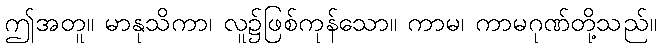
ဤအတူ။ မာနုသိကာ၊ လူ၌ဖြစ်ကုန်သော။ ကာမ၊ ကာမဂုဏ်တို့သည်။